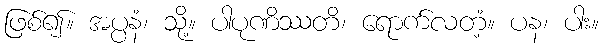
ဖြစ်၍။ အပ္ပနံ၊ သို့။ ပါပုဏိဿတိ၊ ရောက်လတံ့။ ပန၊ ပါး။